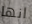
انها